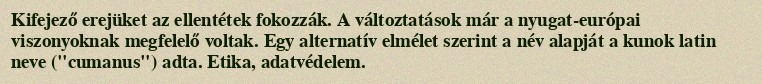
Kifejező erejüket az ellentétek fokozzák. A változtatások már a nyugat-európai viszonyoknak megfelelő voltak. Egy alternatív elmélet szerint a név alapját a kunok latin neve ("cumanus") adta. Etika, adatvédelem.